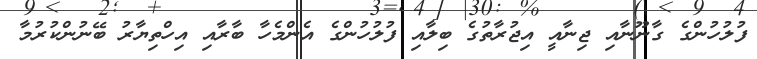
ފުލުހުންގެ ގާނޫނާއި ޖިނާއީ އިޖުރާތުގެ ބިލާއި ފުލުހުންގެ އެންމެހާ ބާރާއި އިހްތިޔާރު ބޭނުންކުރުމާ